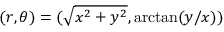
( r , \theta ) = ( \sqrt { x ^ { 2 } + y ^ { 2 } } , \arctan ( y / x ) )